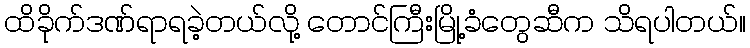
ထိခိုက်ဒဏ်ရာရခဲ့တယ်လို့ တောင်ကြီးမြို့ခံတွေဆီက သိရပါတယ်။